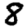
Digit: 8